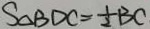
S _ { \Delta B D C } = \frac { 1 } { 2 } B C